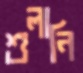
শুলানি